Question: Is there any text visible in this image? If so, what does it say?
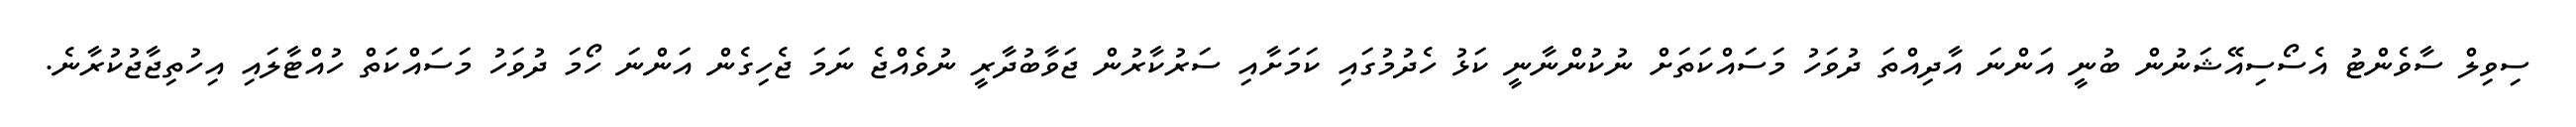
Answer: ސިވިލް ސާވެންޓު އެސޯސިއޭޝަނުން ބުނީ އަންނަ އާދިއްތަ ދުވަހު މަސައްކަތަށް ނުކުންނާނީ ކަޅު ހެދުމުގައި ކަމަށާއި ސަރުކާރުން ޖަވާބުދާރީ ނުވެއްޖެ ނަމަ ޖެހިގެން އަންނަ ހޯމަ ދުވަހު މަސައްކަތް ހުއްޓާލައި އިހުތިޖާޖުކުރާނެ.